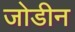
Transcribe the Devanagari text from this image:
जोडीन